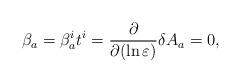
LaTeX: \begin{align*}\beta_a = \beta_a^i t^i = \frac{\partial}{\partial (\ln \varepsilon)} \delta A_a =0,\end{align*}